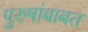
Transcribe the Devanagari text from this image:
पुरुषांबाबत